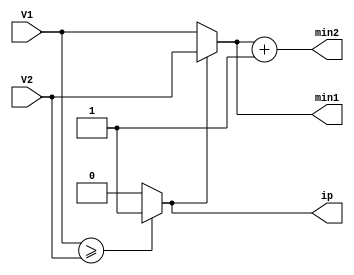
module min_sum_tree_2(V1,V2,min1,min2,ip);
parameter nob = 4; // number of bitvectors
input [nob:0] V1, V2;
output [nob:0] min1, min2;
output ip;
reg ip;
assign min1 = ip? V2:V1;
assign min2 = min1+ 1'b1;
always @(V1, V2)
begin
if (V1 >= V2)
ip = 1;
else
ip = 0;
end

endmodule